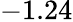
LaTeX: -1.24